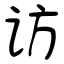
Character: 访